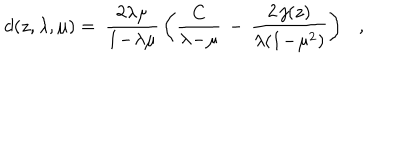
d ( z , \lambda , \mu ) = ~ { \frac { 2 \lambda \mu } { 1 \! - \! \lambda \mu } } \left( { \frac { C } { \lambda \! - \! \mu } } \, - \, { \frac { 2 \, j ( z ) } { \lambda ( 1 \! - \! \mu ^ { 2 } ) } } \right) ,